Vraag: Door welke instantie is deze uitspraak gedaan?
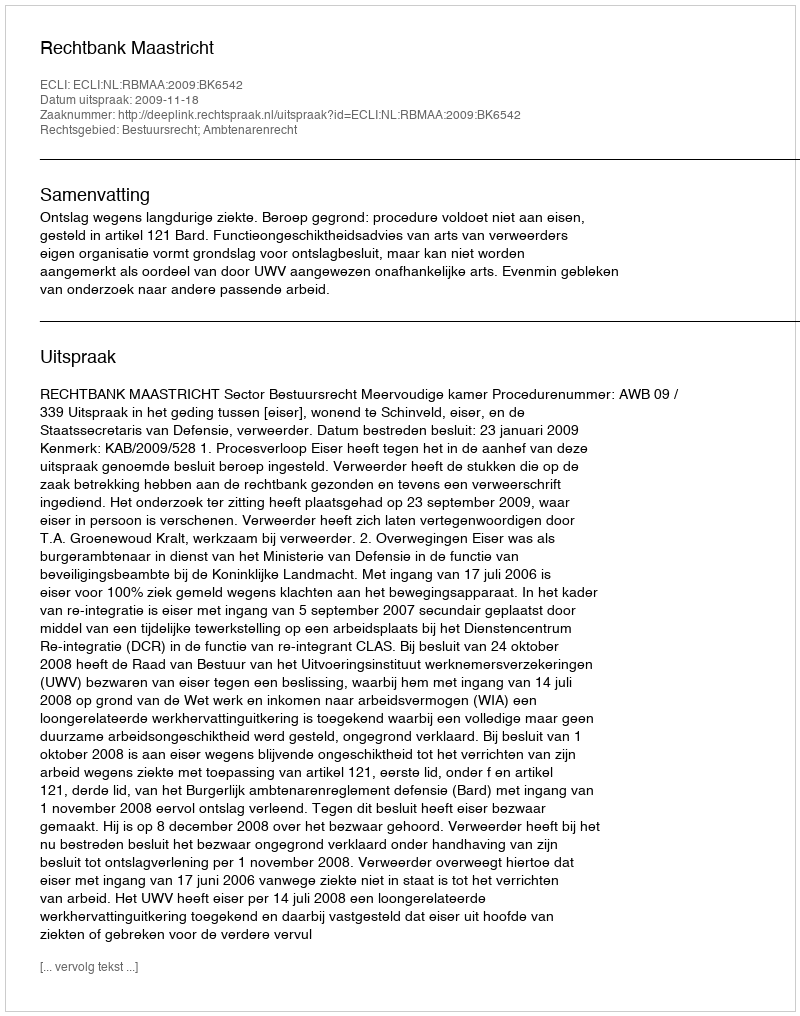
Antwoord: Rechtbank Maastricht